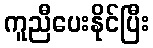
ကူညီပေးနိုင်ပြီး